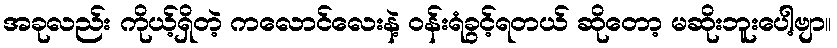
အခုလည်း ကိုယ့်ရှိတဲ့ ကလောင်လေးနဲ့ ဝန်းရံခွင့်ရတယ် ဆိုတော့ မဆိုးဘူးပေါ့ဗျာ။